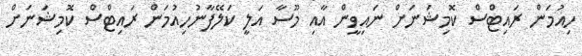
ހިއުމަން ރައިޓްސް ކޮމިޝަނަށް ނައިވީން އާއި މޫސާ އަލީ ކަލޭފާނުހިއުމަން ރައިޓްސް ކޮމިޝަނަށް